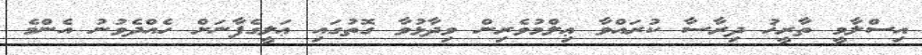
އިސްލާމީ ތާރީޚު ދިރާސާ ކުރައްވާ ޢިލްމުވެރިން ވިދާޅުވާ ގޮތުގައި ޢަލީގެފާނަށް ހެއްދެވުނު އެންމެ